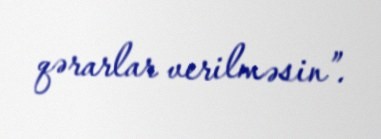
qərarlar verilməsin”.